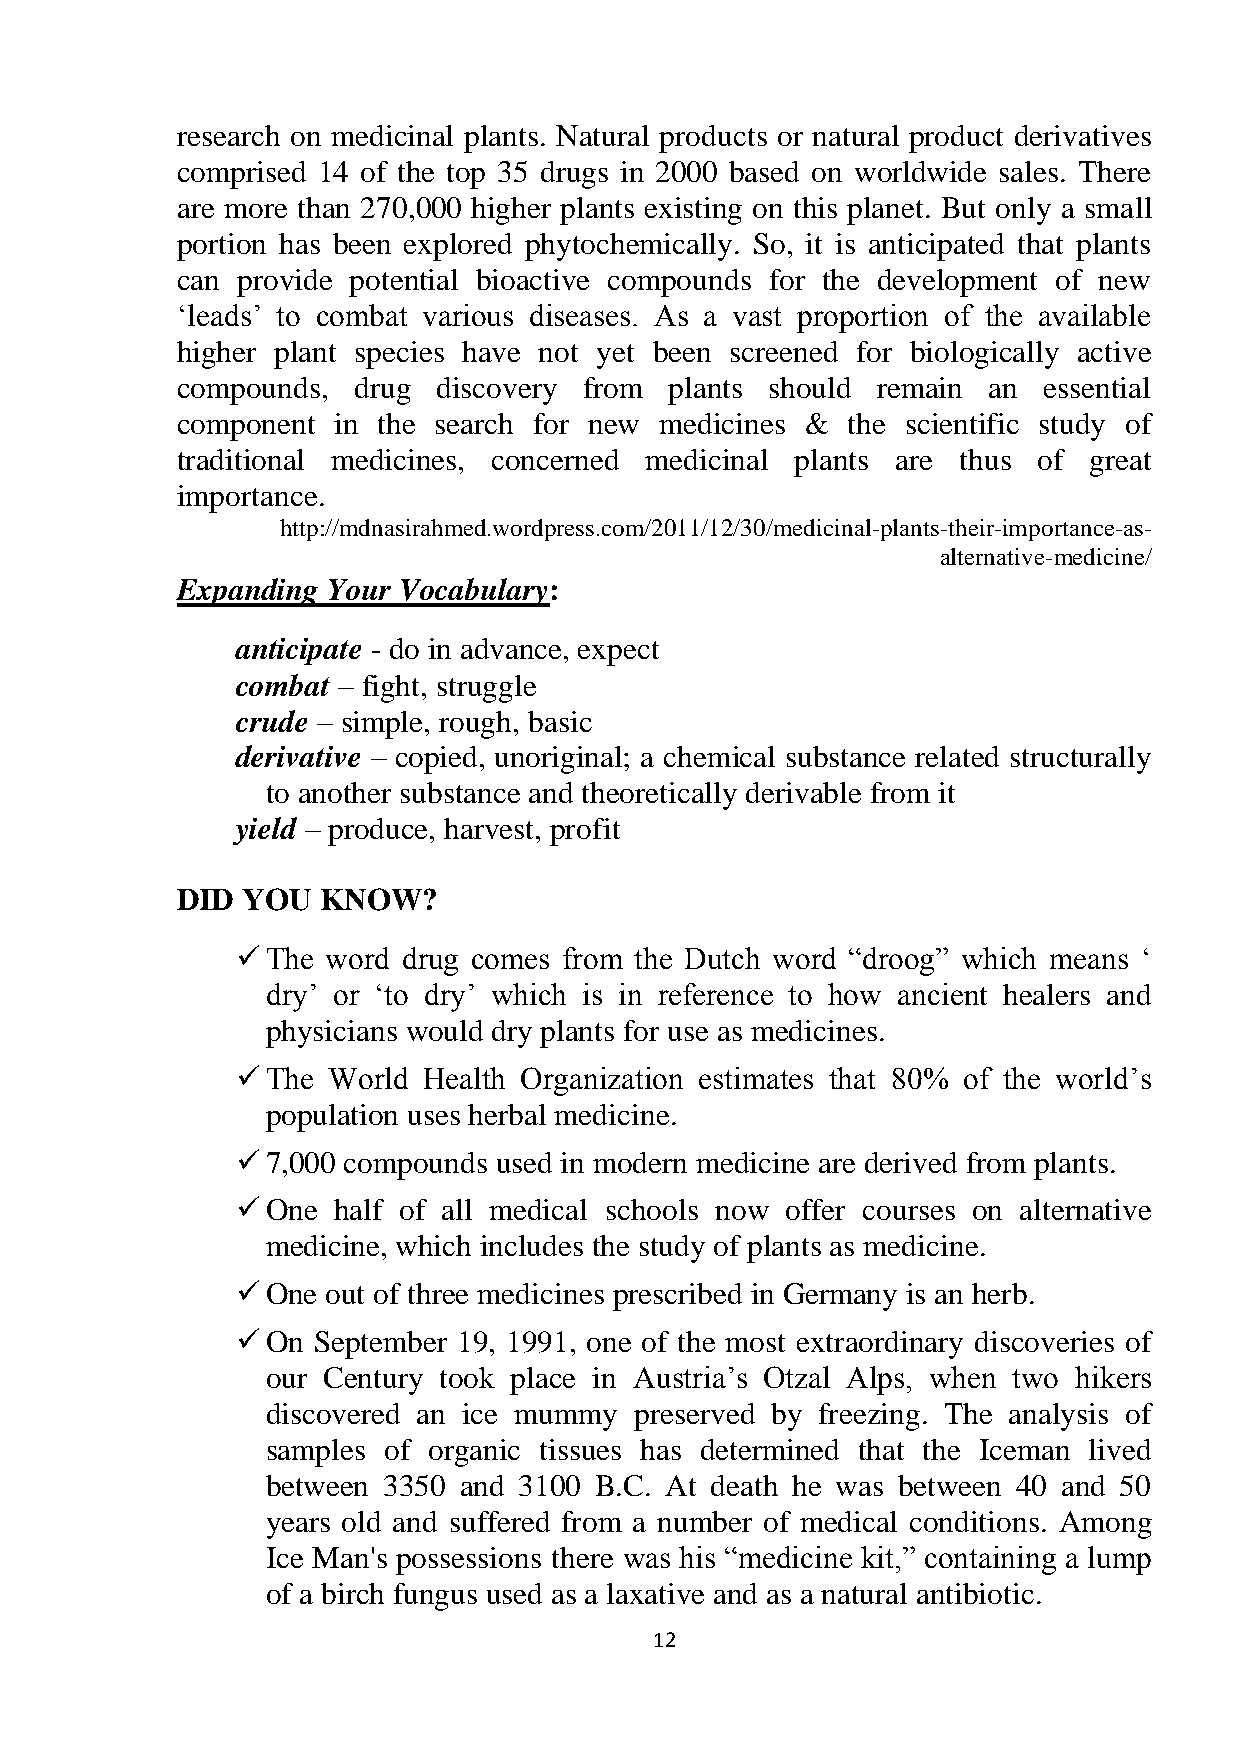
research on medicinal plants. Natural products or natural product derivatives
 comprised 14 of the top 35 drugs in 2000 based on worldwide sales. There
 are more than 270,000 higher plants existing on this planet. But only a small
 portion has been explored phytochemically. So, it is anticipated that plants
 can provide potential bioactive compounds for the development of new
 ‗leads‘ to combat various diseases. As a vast proportion of the available
 higher plant species have not yet been screened for biologically active
 compounds, drug  discovery from plants should remain an  essential
 component in the search for new medicines & the scientific study of
 traditional medicines, concerned medicinal plants are thus of great
 importance.
 http://mdnasirahmed.wordpress.com/2011/12/30/medicinal-plants-their-importance-as-
 alternative-medicine/
 Expanding Your Vocabulary:
 anticipate - do in advance, expect
 combat – fight, struggle
 crude – simple, rough, basic
 derivative – copied, unoriginal; a chemical substance related structurally
 to another substance and theoretically derivable from it
 yield – produce, harvest, profit
 DID YOU  KNOW?
  The word drug comes from the Dutch word ―droog‖ which means ‗
 dry‘ or ‗to dry‘ which is in reference to how ancient healers and
 physicians would dry plants for use as medicines.
  The World Health Organization estimates that 80% of the world‘s
 population uses herbal medicine.
  7,000 compounds used in modern medicine are derived from plants.
  One half of all medical schools now offer courses on alternative
 medicine, which includes the study of plants as medicine.
  One out of three medicines prescribed in Germany is an herb.
  On September 19, 1991, one of the most extraordinary discoveries of
 our Century took place in Austria‘s Otzal Alps, when two hikers
 discovered an ice mummy preserved by freezing. The analysis of
 samples of organic tissues has determined that the Iceman lived
 between 3350 and 3100 B.C. At death he was between 40 and 50
 years old and suffered from a number of medical conditions. Among
 Ice Man's possessions there was his ―medicine kit,‖ containing a lump
 of a birch fungus used as a laxative and as a natural antibiotic.
 12